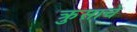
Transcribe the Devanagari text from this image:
क्रुसाचे